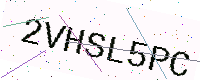
Text: 2VHSL5PC